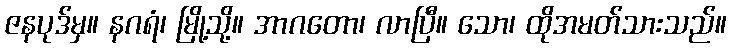
ဇနပုဒ်မှ။ နဂရံ၊ မြို့သို့။ အာဂတော၊ လာပြီ။ သော၊ ထိုအမတ်သားသည်။